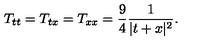
T _ { t t } = T _ { t x } = T _ { x x } = \frac { 9 } { 4 } \frac { 1 } { \vert t + x \vert ^ { 2 } } .